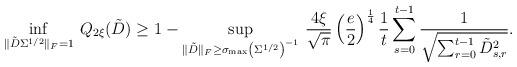
LaTeX: \begin{align*}\inf_{\Vert \tilde{D}\Sigma^{1/2} \Vert_F=1} \: Q_{2\xi}(\tilde{D}) & \ge 1-\sup_{\Vert \tilde{D} \Vert_F\ge \sigma_{\max}\left(\Sigma^{1/2}\right)^{-1}} \: \frac{4 \xi} {\sqrt{\pi}} \left(\frac{e}{2} \right)^{\frac{1}4} \frac1{t}\sum_{s=0}^{t-1} \frac{1}{\sqrt{\sum_{r=0}^{t-1} \tilde{D}_{s,r}^2}}.\end{align*}